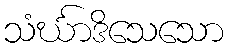
သံင်္ဃာဒိသေသော